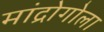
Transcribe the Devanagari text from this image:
मांद्रोगोला